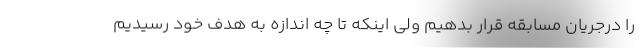
را درجریان مسابقه قرار بدهیم ولی اینکه تا چه اندازه به هدف خود رسیدیم